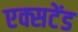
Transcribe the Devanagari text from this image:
एक्सटेंड